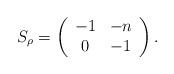
LaTeX: \begin{align*}S_{\rho} = \left( \begin{array}{cc} -1 & -n \\ 0 & -1 \end{array} \right).\end{align*}